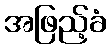
အဖြည့်ခံ